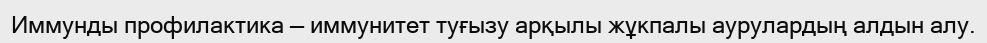
Иммунды профилактика — иммунитет туғызу арқылы жұкпалы аурулардың алдын алу.